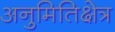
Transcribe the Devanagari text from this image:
अनुमितिक्षेत्र